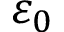
\varepsilon _ { 0 }